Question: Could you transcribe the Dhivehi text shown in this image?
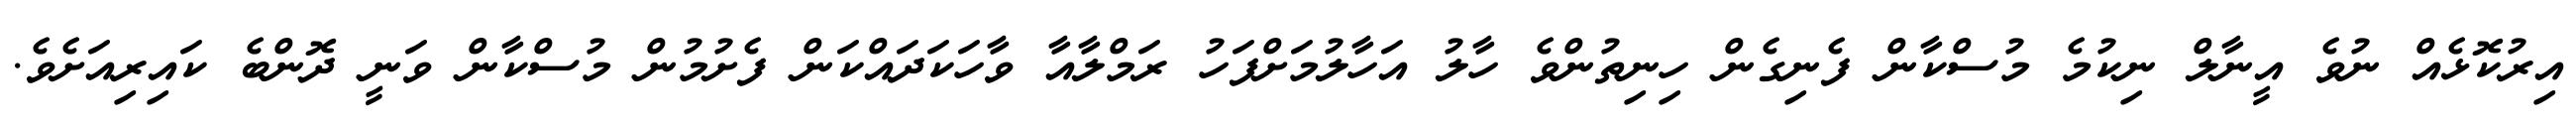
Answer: އިރުކޮޅެއް ނުވެ އީނާލް ނިކުމެ މުސްކާން ފެނިގެން ހިނިތުންވެ ހާލު އަހާލުމަށްފަހު ރަމްލާއާ ވާހަކަދައްކަން ފެށުމުން މުސްކާން ވަނީ ދޮންބެ ކައިރިއަށެވެ.